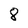
Character: 8